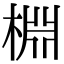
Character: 棩